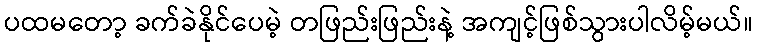
ပထမတော့ ခက်ခဲနိုင်ပေမဲ့ တဖြည်းဖြည်းနဲ့ အကျင့်ဖြစ်သွားပါလိမ့်မယ်။